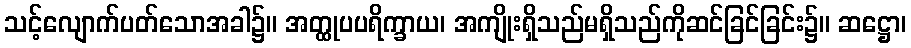
သင့်လျောက်ပတ်သောအခါ၌။ အတ္ထုပပရိက္ခာယ၊ အကျိုးရှိသည်မရှိသည်ကိုဆင်ခြင်ခြင်း၌။ ဆဋ္ဌော၊